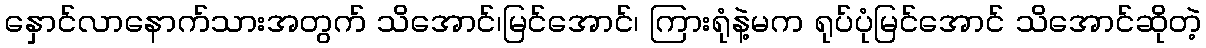
နှောင်လာနောက်သားအတွက် သိအောင်၊မြင်အောင်၊ ကြားရုံနဲ့မက ရုပ်ပုံမြင်အောင် သိအောင်ဆိုတဲ့